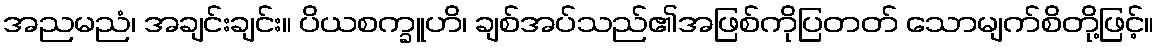
အညမညံ၊ အချင်းချင်း။ ပိယစက္ခူဟိ၊ ချစ်အပ်သည်၏အဖြစ်ကိုပြတတ် သောမျက်စိတို့ဖြင့်။